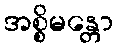
အစ္စိမန္တော